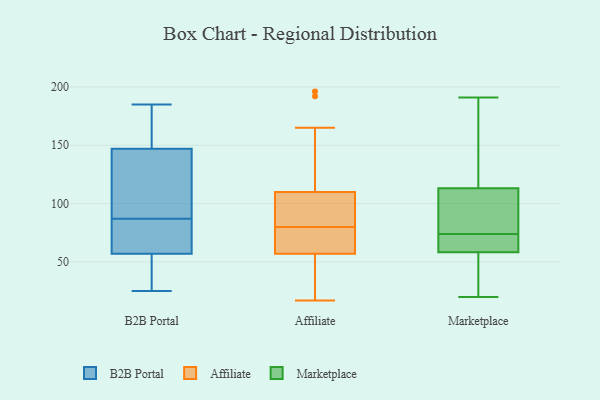
{"axis": {"x": "Customer Acquisition Cost (USD)", "y": "Value"}, "legend": ["Affiliate", "B2B Portal", "Marketplace"], "data": [{"x": "", "y": 57, "type": "B2B Portal"}, {"x": "", "y": 87, "type": "B2B Portal"}, {"x": "", "y": 35, "type": "B2B Portal"}, {"x": "", "y": 185, "type": "B2B Portal"}, {"x": "", "y": 42, "type": "B2B Portal"}, {"x": "", "y": 25, "type": "B2B Portal"}, {"x": "", "y": 85, "type": "B2B Portal"}, {"x": "", "y": 87, "type": "B2B Portal"}, {"x": "", "y": 167, "type": "B2B Portal"}, {"x": "", "y": 99, "type": "B2B Portal"}, {"x": "", "y": 147, "type": "B2B Portal"}, {"x": "", "y": 138, "type": "B2B Portal"}, {"x": "", "y": 65, "type": "B2B Portal"}, {"x": "", "y": 163, "type": "B2B Portal"}, {"x": "", "y": 42, "type": "Affiliate"}, {"x": "", "y": 165, "type": "Affiliate"}, {"x": "", "y": 107, "type": "Affiliate"}, {"x": "", "y": 110, "type": "Affiliate"}, {"x": "", "y": 80, "type": "Affiliate"}, {"x": "", "y": 132, "type": "Affiliate"}, {"x": "", "y": 80, "type": "Affiliate"}, {"x": "", "y": 57, "type": "Affiliate"}, {"x": "", "y": 192, "type": "Affiliate"}, {"x": "", "y": 92, "type": "Affiliate"}, {"x": "", "y": 75, "type": "Affiliate"}, {"x": "", "y": 17, "type": "Affiliate"}, {"x": "", "y": 75, "type": "Affiliate"}, {"x": "", "y": 83, "type": "Affiliate"}, {"x": "", "y": 61, "type": "Affiliate"}, {"x": "", "y": 196, "type": "Affiliate"}, {"x": "", "y": 53, "type": "Affiliate"}, {"x": "", "y": 52, "type": "Affiliate"}, {"x": "", "y": 56, "type": "Marketplace"}, {"x": "", "y": 166, "type": "Marketplace"}, {"x": "", "y": 20, "type": "Marketplace"}, {"x": "", "y": 91, "type": "Marketplace"}, {"x": "", "y": 66, "type": "Marketplace"}, {"x": "", "y": 66, "type": "Marketplace"}, {"x": "", "y": 144, "type": "Marketplace"}, {"x": "", "y": 91, "type": "Marketplace"}, {"x": "", "y": 26, "type": "Marketplace"}, {"x": "", "y": 74, "type": "Marketplace"}, {"x": "", "y": 103, "type": "Marketplace"}, {"x": "", "y": 65, "type": "Marketplace"}, {"x": "", "y": 157, "type": "Marketplace"}, {"x": "", "y": 46, "type": "Marketplace"}, {"x": "", "y": 59, "type": "Marketplace"}, {"x": "", "y": 191, "type": "Marketplace"}, {"x": "", "y": 93, "type": "Marketplace"}]}